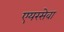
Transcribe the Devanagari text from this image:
एयरसेवा